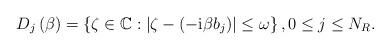
LaTeX: \begin{align*}D_{j}\left( \beta\right) =\left\{ \zeta\in\mathbb{C}:\left\vert \zeta-(-\mathrm{i}\beta b_{j})\right\vert \leq\omega_{}\right\} ,0\leq j\leq N_{R}. \end{align*}